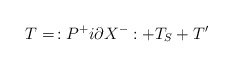
\begin{align*}T=\,:P^{+}i\partial X^{-}:+T_S+T^{\prime }\end{align*}